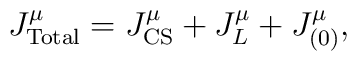
J^\mu_{\rm Total}=J^\mu_{\rm CS}+J^\mu_L+J^\mu_{(0)},